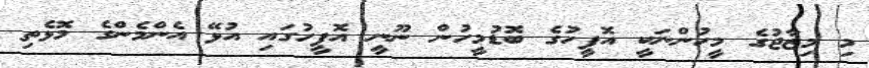
މި މިޒާޖުގެ މީހުންނަކީ އޮފީހުގެ ބޮޑުމީހުން ނޫނީ އޮފީހުގައި އުޅޭ އެންމެންގެ މޮޅެތި